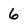
Character: 6